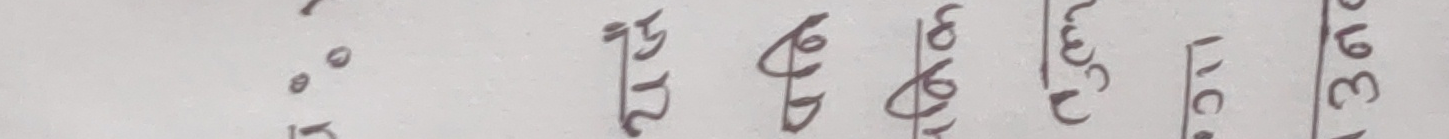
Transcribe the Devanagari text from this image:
२१ वर्ष ३७।३९।